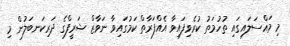
މި މައްސަލައިގައި ތުހުމަތު ކުރެވިފައިވާ އެއްފަރާތް ކަމުގައިވާ ނަވާޒް ޝަރީފްގެ ދަރިކަނބަލުން މި